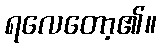
ရလေတော့၏။